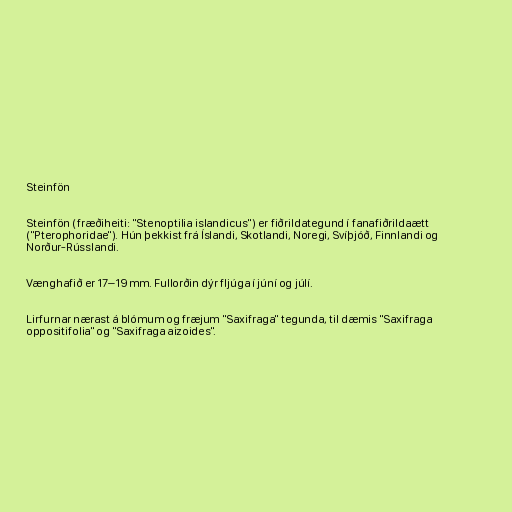
Steinfön

Steinfön (fræðiheiti: "Stenoptilia islandicus") er fiðrildategund í fanafiðrildaætt
("Pterophoridae"). Hún þekkist frá Íslandi, Skotlandi, Noregi, Svíþjóð, Finnlandi og
Norður-Rússlandi.

Vænghafið er 17–19 mm. Fullorðin dýr fljúga í júní og júlí.

Lirfurnar nærast á blómum og fræjum "Saxifraga" tegunda, til dæmis "Saxifraga
oppositifolia" og "Saxifraga aizoides".